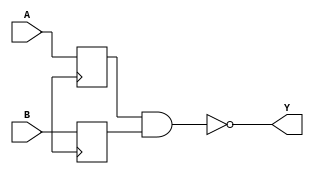
module NAND_gate(
    input A,
    input B,
    output Y
);

reg synchronized_A, synchronized_B;

always @(posedge clk) begin
    synchronized_A <= A;
    synchronized_B <= B;
end

assign Y = ~(synchronized_A & synchronized_B);

endmodule